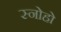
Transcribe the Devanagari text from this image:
स्नोहो